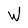
Character: W